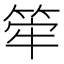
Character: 𥭲